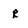
Character: R